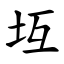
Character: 坘